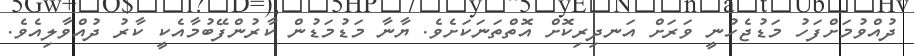
ދުއްވުމަށްފަހު މަޑުޖެހުނީ ވަރަށް އަނދިރިކޮށް އޮތްތަނަކަށެވެ. ޔާނާ މަޑުމަޑުން ކާރުންފޭބުމާއެކީ ކާރު ދުއްވާލިއެވެ.